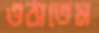
ওঠাতেম